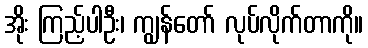
အိုး ကြည့်ပါဦး၊ ကျွန်တော် လုပ်လိုက်တာကို။